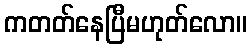
ကတတ်နေပြီမဟုတ်လော။